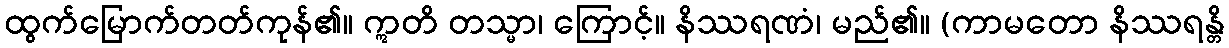
ထွက်မြောက်တတ်ကုန်၏။ ဣတိ တသ္မာ၊ ကြောင့်။ နိဿရဏံ၊ မည်၏။ (ကာမတော နိဿရန္တိ